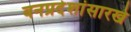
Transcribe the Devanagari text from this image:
वनप्रदेशांसारखे